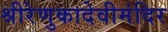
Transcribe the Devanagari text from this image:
श्रीरेणुकादेवीमंदिर